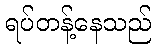
ရပ်တန့်နေသည်